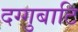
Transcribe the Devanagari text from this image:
दग्गुबाटि